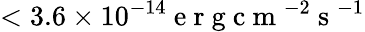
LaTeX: <3.6\times 10^{-14}\mathrm{~e~r~g~c~m~}^{-2}\mathrm{~s~}^{-1}